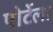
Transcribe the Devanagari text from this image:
पोर्टेला